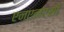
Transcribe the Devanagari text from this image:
एनएनएसी